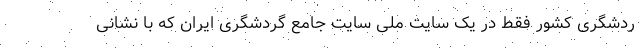
ردشگری کشور فقط در یک سایت ملی سایت جامع گردشگری ایران که با نشانی